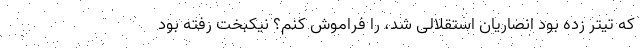
که تیتر زده بود انصاریان استقلالی شد، را فراموش کنم؟ نیکبخت رفته بود